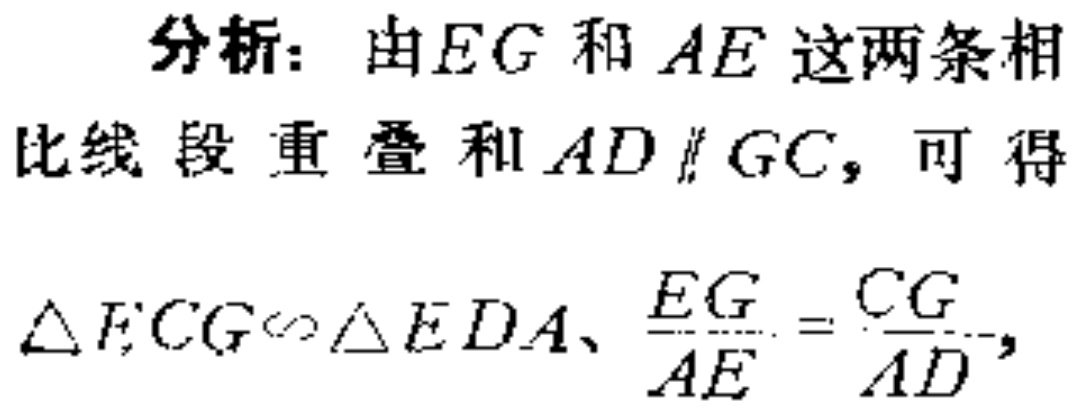
分析：由\(EG\)和\(AE\)这两条相
比线段重叠和\(AD\parallel GC\)，可得
\(\triangle ECG\sim\triangle EDA\)、\(\frac{EG}{AE}=\frac{CG}{AD}\)，